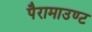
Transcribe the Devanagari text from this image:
पैरामाउण्ट